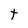
Character: t